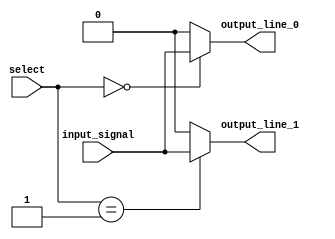
module demux (
  input wire [1:0] select,
  input wire input_signal,
  output reg output_line_0,
  output reg output_line_1
);

always @ (select, input_signal) begin
  case (select)
    2'b00: begin
      output_line_0 <= input_signal;
      output_line_1 <= 1'b0;
    end
    2'b01: begin
      output_line_0 <= 1'b0;
      output_line_1 <= input_signal;
    end
    default: begin
      output_line_0 <= 1'b0;
      output_line_1 <= 1'b0;
    end
  endcase
end

endmodule